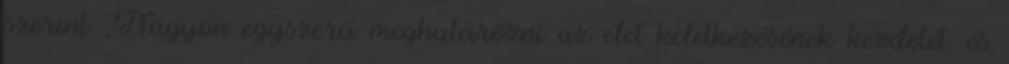
szerint „Nagyon egyszerű meghatározni az élet keletkezésének kezdetét, és